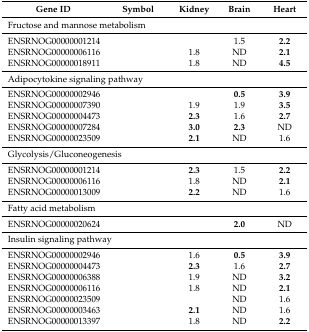
<table><thead><tr><td><b>Gene ID</b></td><td><b>Symbol</b></td><td><b>Kidney</b></td><td><b>Brain</b></td><td><b>Heart</b></td></tr></thead><tbody><tr><td colspan="2">Fructose and mannose metabolism</td><td colspan="3">[EMPTY_CELL]</td></tr><tr><td>ENSRNOG00000001214</td><td>[EMPTY_CELL]</td><td>[EMPTY_CELL]</td><td>1.5</td><td><b>2.2</b></td></tr><tr><td>ENSRNOG00000006116</td><td>[EMPTY_CELL]</td><td>1.8</td><td>ND</td><td><b>2.1</b></td></tr><tr><td>ENSRNOG00000018911</td><td>[EMPTY_CELL]</td><td>1.8</td><td>ND</td><td><b>4.5</b></td></tr><tr><td colspan="2">Adipocytokine signaling pathway</td><td colspan="3">[EMPTY_CELL]</td></tr><tr><td>ENSRNOG00000002946</td><td>[EMPTY_CELL]</td><td>[EMPTY_CELL]</td><td><b>0.5</b></td><td><b>3.9</b></td></tr><tr><td>ENSRNOG00000007390</td><td>[EMPTY_CELL]</td><td>1.9</td><td>1.9</td><td><b>3.5</b></td></tr><tr><td>ENSRNOG00000004473</td><td>[EMPTY_CELL]</td><td><b>2.3</b></td><td>1.6</td><td><b>2.7</b></td></tr><tr><td>ENSRNOG00000007284</td><td>[EMPTY_CELL]</td><td><b>3.0</b></td><td><b>2.3</b></td><td>ND</td></tr><tr><td>ENSRNOG00000023509</td><td>[EMPTY_CELL]</td><td><b>2.1</b></td><td>ND</td><td>1.6</td></tr><tr><td colspan="2">Glycolysis/Gluconeogenesis</td><td colspan="3">[EMPTY_CELL]</td></tr><tr><td>ENSRNOG00000001214</td><td>[EMPTY_CELL]</td><td><b>2.3</b></td><td>1.5</td><td><b>2.2</b></td></tr><tr><td>ENSRNOG00000006116</td><td>[EMPTY_CELL]</td><td>1.8</td><td>ND</td><td><b>2.1</b></td></tr><tr><td>ENSRNOG00000013009</td><td>[EMPTY_CELL]</td><td><b>2.2</b></td><td>ND</td><td>1.6</td></tr><tr><td colspan="2">Fatty acid metabolism</td><td colspan="3">[EMPTY_CELL]</td></tr><tr><td>ENSRNOG00000020624</td><td>[EMPTY_CELL]</td><td>[EMPTY_CELL]</td><td><b>2.0</b></td><td>ND</td></tr><tr><td colspan="2">Insulin signaling pathway</td><td colspan="3">[EMPTY_CELL]</td></tr><tr><td>ENSRNOG00000002946</td><td>[EMPTY_CELL]</td><td>1.6</td><td><b>0.5</b></td><td><b>3.9</b></td></tr><tr><td>ENSRNOG00000004473</td><td>[EMPTY_CELL]</td><td><b>2.3</b></td><td>1.6</td><td><b>2.7</b></td></tr><tr><td>ENSRNOG00000006388</td><td>[EMPTY_CELL]</td><td>1.9</td><td>ND</td><td><b>3.2</b></td></tr><tr><td>ENSRNOG00000006116</td><td>[EMPTY_CELL]</td><td>1.8</td><td>ND</td><td><b>2.1</b></td></tr><tr><td>ENSRNOG00000023509</td><td>[EMPTY_CELL]</td><td>[EMPTY_CELL]</td><td>ND</td><td>1.6</td></tr><tr><td>ENSRNOG00000003463</td><td>[EMPTY_CELL]</td><td><b>2.1</b></td><td>ND</td><td>1.6</td></tr><tr><td>ENSRNOG00000013397</td><td>[EMPTY_CELL]</td><td>1.8</td><td>ND</td><td><b>2.2</b></td></tr></tbody></table>